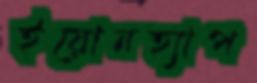
ইয়োনহ্যাপ